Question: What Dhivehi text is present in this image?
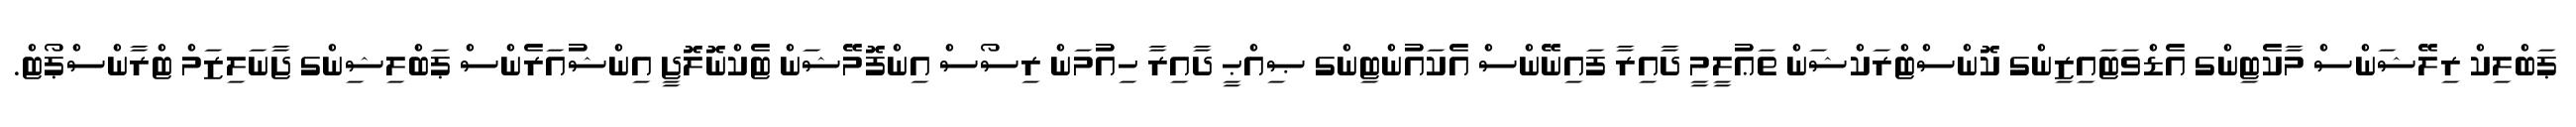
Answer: ޕަބްލިކް ރިލޭޝަންސް މާކެޓިންގ އެޑްވަޓައިޒިންގ ކޮންސްޓްރަކްޝަން ތަޢުލީމީ ދާއިރާ ފައިނޭންސް އެކައުންޓިންގ ޞިއްޙީ ދާއިރާ ހިއުމަން ރިސޯސް އިންފޮމޭޝަން ޓެކްނޮލޮޖީ އިންޝުއަރެންސް ޕަބްލިޝިންގ ޖާނަލިޒަމް ޓްރާންސްޕޯޓް.